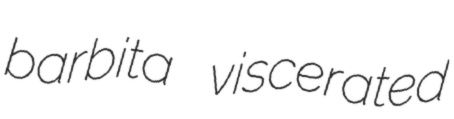
barbita viscerated